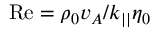
\mathrm { R e } = \rho _ { 0 } v _ { A } / k _ { | | } \eta _ { 0 }